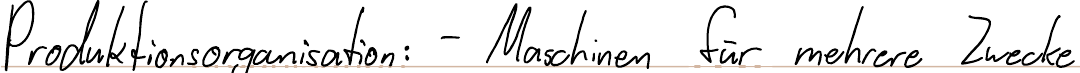
Produktionsorganisation: - Maschinen für mehrere Zwecke